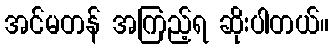
အင်မတန် အကြည့်ရ ဆိုးပါတယ်။